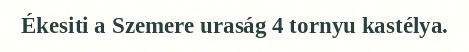
Ékesiti a Szemere uraság 4 tornyu kastélya.